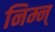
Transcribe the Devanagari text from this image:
निम्न्